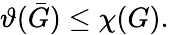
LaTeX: \vartheta({\bar{G}})\leq\chi(G).